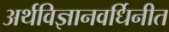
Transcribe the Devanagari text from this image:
अर्थविज्ञानवर्धिनीत